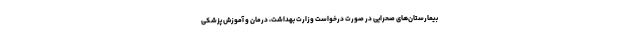
بیمارستان‌های صحرایی در صورت درخواست وزارت بهداشت، درمان و آموزش پزشکی